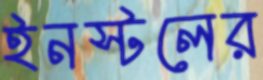
ইনস্টলের